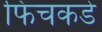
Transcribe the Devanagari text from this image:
फिंचकडे